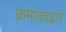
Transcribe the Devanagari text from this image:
क्रमांकाद्वारे